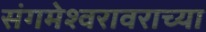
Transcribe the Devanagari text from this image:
संगमेश्वरावराच्या